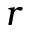
r